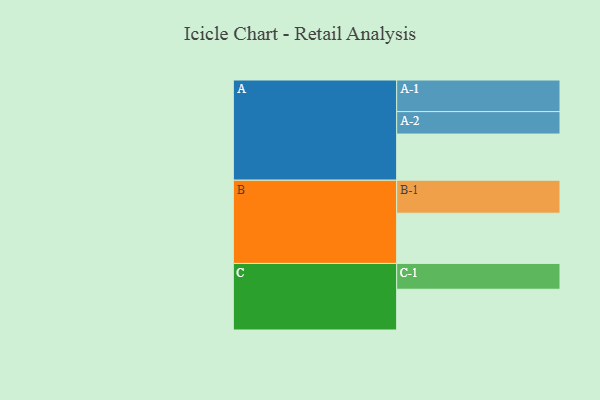
{"axis": {"x": "Segment", "y": "Value"}, "legend": ["", "A", "B", "C"], "data": [{"x": "A", "y": 399, "type": ""}, {"x": "B", "y": 434, "type": ""}, {"x": "C", "y": 352, "type": ""}, {"x": "A-1", "y": 273, "type": "A"}, {"x": "A-2", "y": 194, "type": "A"}, {"x": "B-1", "y": 285, "type": "B"}, {"x": "C-1", "y": 223, "type": "C"}]}